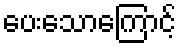
ပေးသောကြောင့်